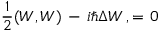
{ \frac { 1 } { 2 } } ( W , W ) \, - \, i \hbar \Delta W \, , = \, 0